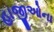
હાજીઓના